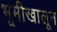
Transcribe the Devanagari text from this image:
भूमीखालून